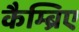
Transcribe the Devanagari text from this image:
कैम्ब्रिए